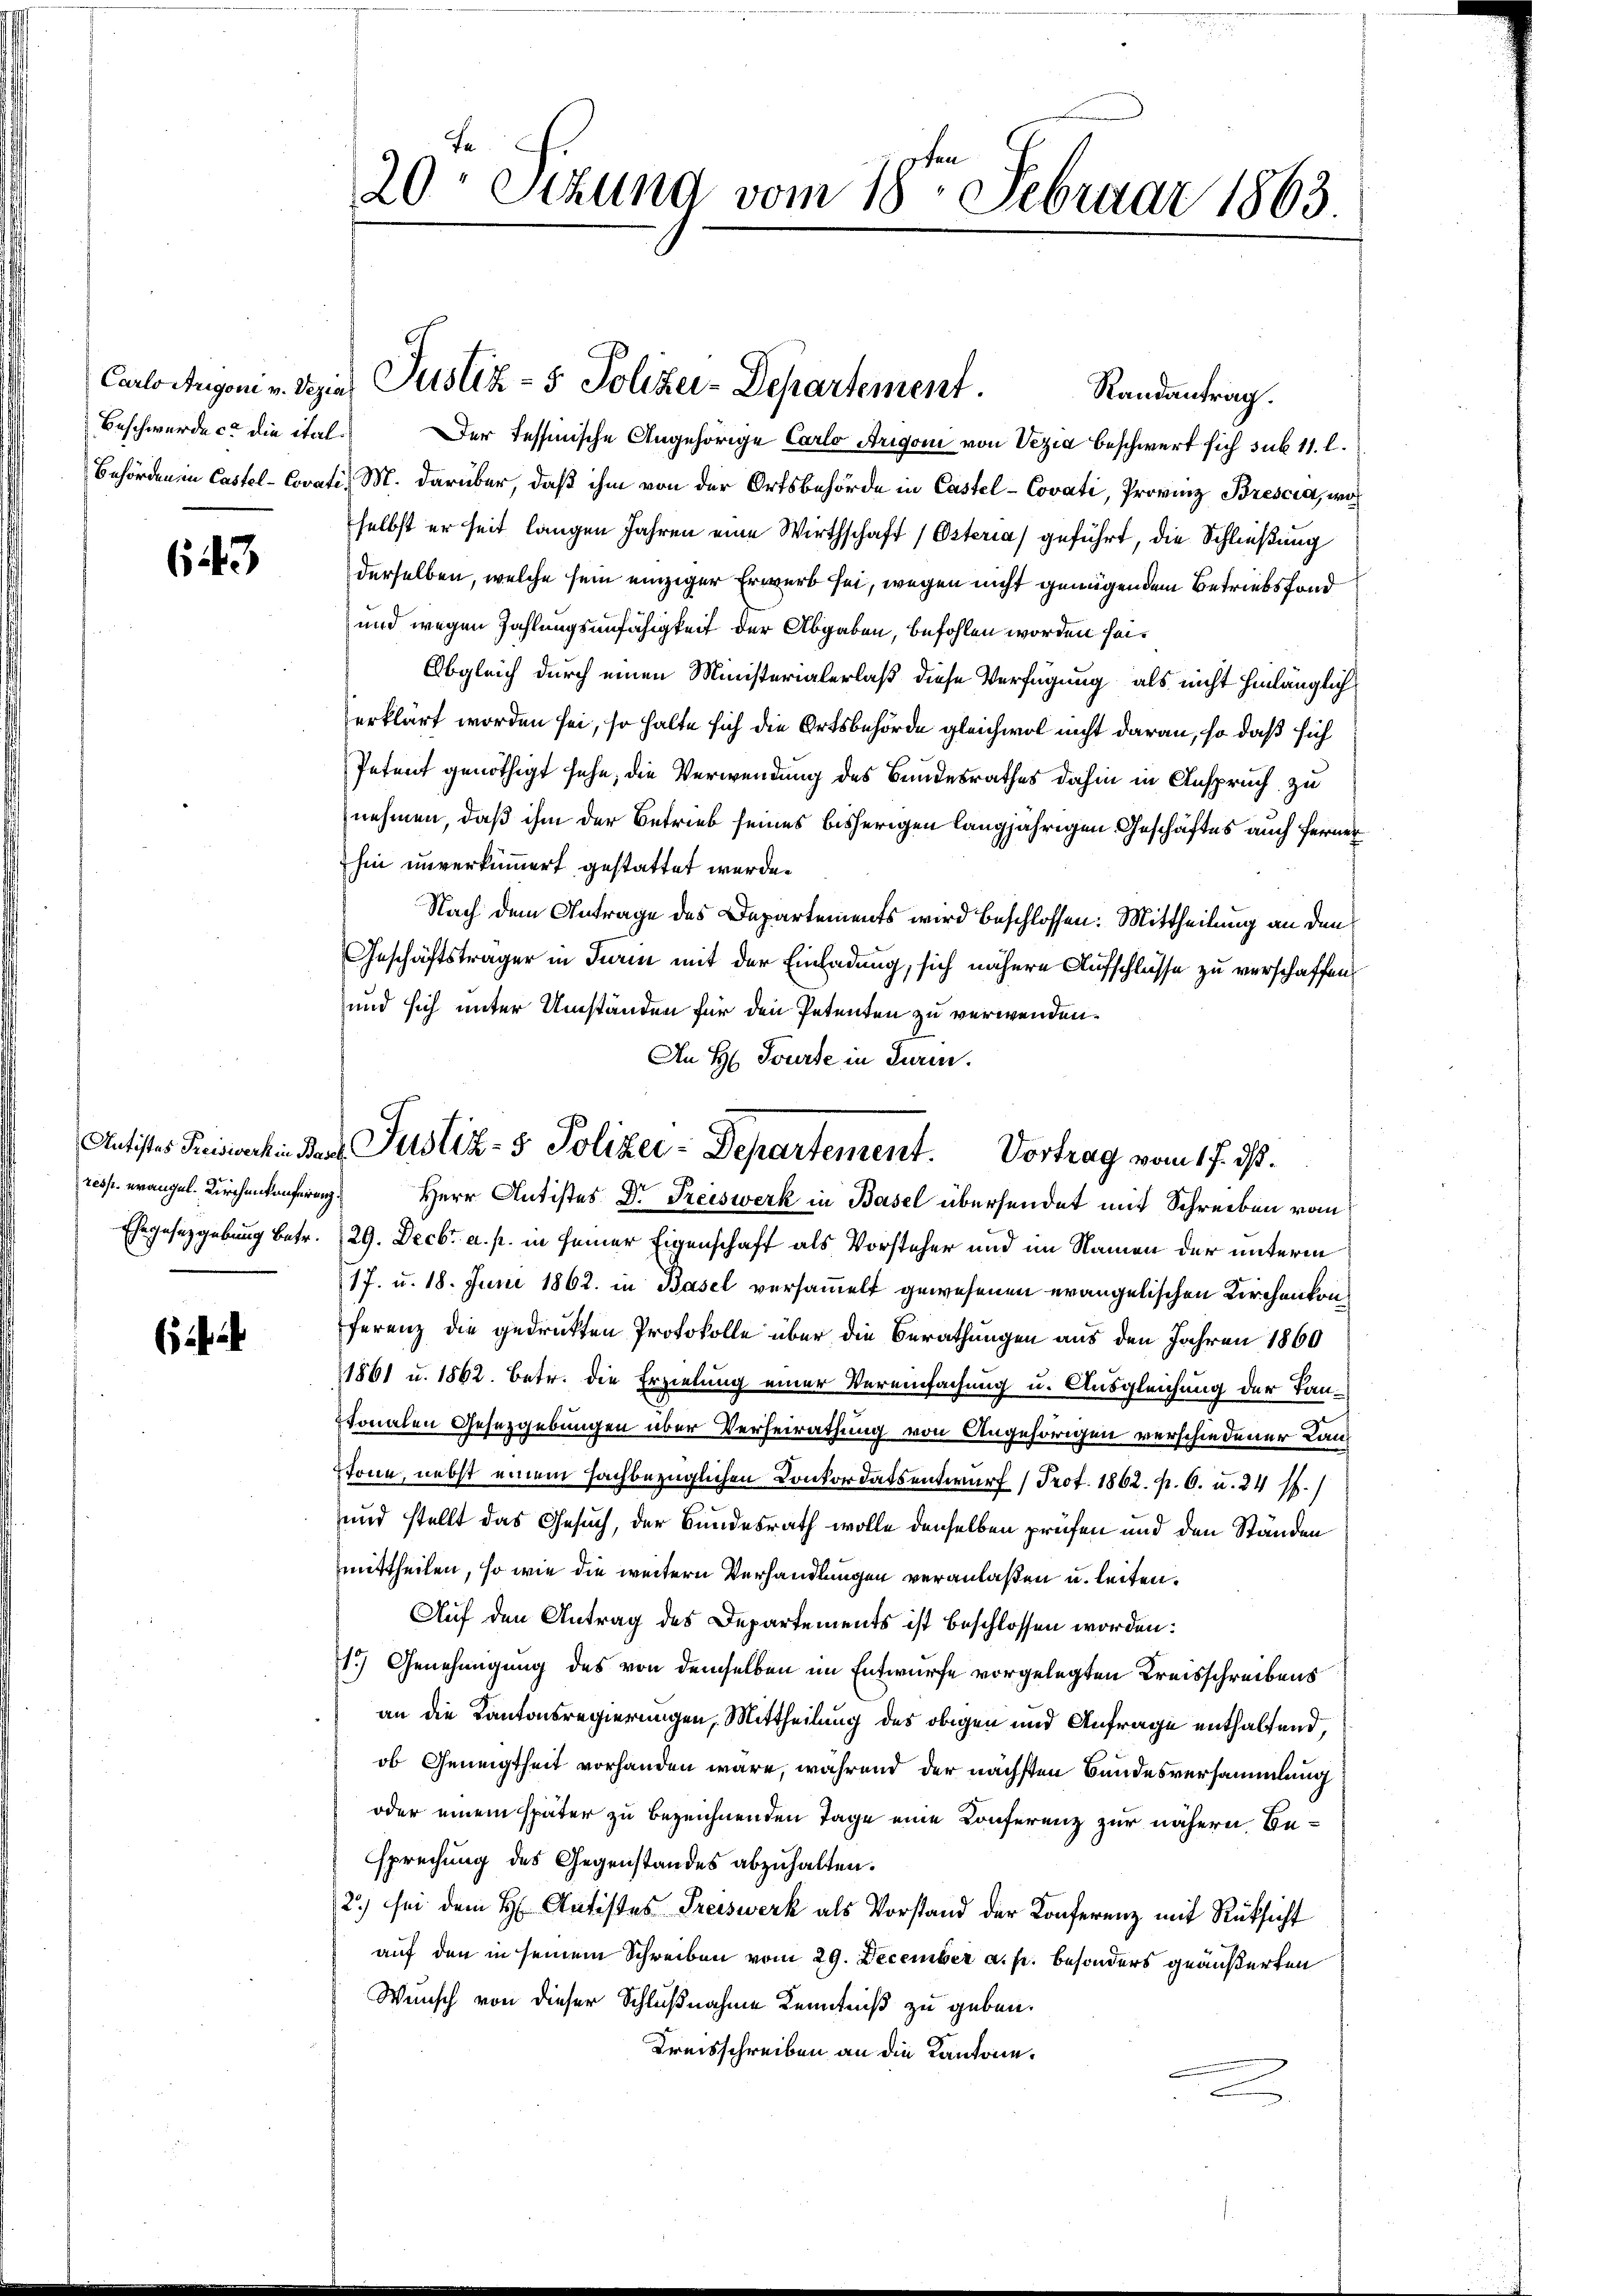
643

Ehegesetzgebung betr.

f 24

20 Sizung vom 18ten Februar 1863.

Carlosugoni v. Bezier Justiz- & Polizei-Departement.

Randantrag.
Beschwerde c. die ital. Der Tessinische Angehörige Carlo Arigon von Vezia beschwert sich sub 11. l.
Behörden in Castel-Covati, M. darüber, daß ihm von der Ortsbehörde in Castel-Covati, Provinz Brescia, wo
selbst er seit langen Jahren eine Wirthschaft (Osteria) geführt, die Schließung
derselben, welche sein einziger Erwerb sei, wegen nicht genügendem Betriebsfond
und wegen Zahlungsunfähigkeit der Abgaben, befohlen worden sei¬
Obgleich durch einen Ministerialerlaß diese Verfügung, als nicht hinlänglich
erklärt worden sei, so halte sich die Ortsbehörde gleichwol nicht daran, so daß sich
Petent genöthigt sehe, die Verwendung des Bundesrathes dahin in Anspruch zu
nehmen, daß ihm der Betrieb seines bisherigen langjährigen Geschäftes auch ferner
hin unverkümmert gestattet werde.
Nach dem Antrage des Departements wird beschlossen: Mittheilung an den
Geschäftsträger in Turin mit der Einladung, sich nähere Aufschlüsse zu verschaffen,
und sich unter Umständen für den Petenten zu verwenden.
An H. Tourse in Turin.
resp. erangel. Kirchenkonferen Herr Antistes Dr. Freiswerk in Basel übersendet mit Schreiben vom
29. Decbr. a. p. in seiner Eigenschaft als Vorsteher und im Namen der unterm
17. u. 18. Juni 1862. in Basel versammelt gewesenen evangelischen Kirchenkonferenz die gedruckten Protokolle über die Berathungen aus den Jahren 1860
1861 u. 1862. Betr. die Erzielung einer Vereinfachung u. Ausgleichung der Tan¬
Stonalen Gesetzgebungen über Verheirathung von Angehörigen verschiedener Kantone, nebst einem fachbezüglichen Conkordatsentwurf (Prof. 1862. pr. 6. u. 24 ff.)
und stellt das Gesuch, der Bundesrath wolle denselben prüfen und den Ständen
mittheilen, so wie die weitern Verhandlungen veranlaßen u. leiten.
Auf den Antrag des Departements ist beschlossen worden:
1.) Genehmigung des von demselben im Entwurfe vorgelegten Kreisschreibens
an die Kantonsregierungen, Mittheilung des obigen und Anfrage enthaltend,
ob Geneigtheit vorhanden wäre, während der nächsten Bandesversammlung
oder einem später zu bezeichnenden Tage eine Conferenz zur nähern Besprechung des Gegenstandes abzuhalten.
2) sei dem H: Antistes Preiswerk als Vorstand der Konferenz mit Rücksicht
auf den in seinem Schreiben vom 29. December a. p. besonders geäußerten
Wunsch von dieser Schlußnahme Kenntniß zu geben.
Kreisschreiben an die Kantone.

Antistes Preiswachen der Justiz- & Polizer-Departement. Vortrag vom 17. ds.